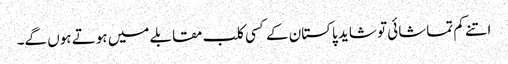
اتنے کم تماشائی تو شاید پاکستان کے کسی کلب مقابلے میں ہوتے ہوں گے۔